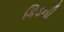
કિડની